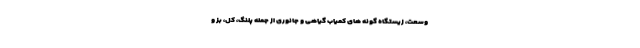
وسعت، زیستگاه گونه های کمیاب گیاهی و جانوری از جمله پلنگ، کل، بز و